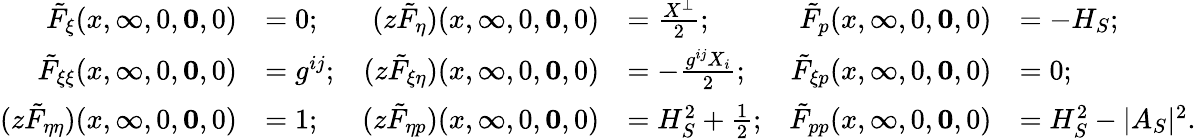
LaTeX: \begin{array}{rlrlrl}{\tilde{F}_{\xi}(x,\infty,0,\mathbf{0},0)}&{=0;}&{(z\tilde{F}_{\eta})(x,\infty,0,\mathbf{0},0)}&{=\frac{X^{\perp}}{2};}&{\tilde{F}_{p}(x,\infty,0,\mathbf{0},0)}&{=-H_{S};}\\ {\tilde{F}_{\xi\xi}(x,\infty,0,\mathbf{0},0)}&{=g^{ij};}&{(z\tilde{F}_{\xi\eta})(x,\infty,0,\mathbf{0},0)}&{=-\frac{g^{ij}X_{i}}{2};}&{\tilde{F}_{\xi p}(x,\infty,0,\mathbf{0},0)}&{=0;}\\ {(z\tilde{F}_{\eta\eta})(x,\infty,0,\mathbf{0},0)}&{=1;}&{(z\tilde{F}_{\eta p})(x,\infty,0,\mathbf{0},0)}&{=H_{S}^{2}+\frac{1}{2};}&{\tilde{F}_{pp}(x,\infty,0,\mathbf{0},0)}&{=H_{S}^{2}-|A_{S}|^{2}.}\end{array}